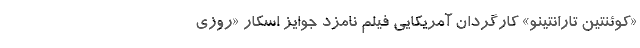
«کوئنتین تارانتینو» کارگردان آمریکایی فیلم نامزد جوایز اسکار «روزی